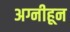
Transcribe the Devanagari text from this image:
अग्नीहून